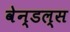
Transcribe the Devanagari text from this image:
वेन्डल्स